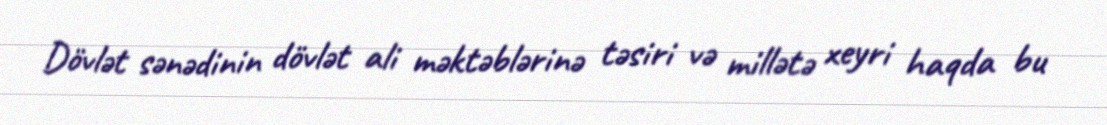
Dövlət sənədinin dövlət ali məktəblərinə təsiri və millətə xeyri haqda bu